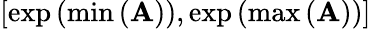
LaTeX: \left[\exp\left(\operatorname*{min}\left(\mathbf{A}\right)\right),\exp\left(\operatorname*{max}\left(\mathbf{A}\right)\right)\right]